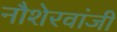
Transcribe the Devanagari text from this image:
नौशेरवांजी